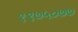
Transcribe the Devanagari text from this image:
१९७५०७७